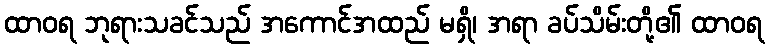
ထာဝရ ဘုရားသခင်သည် အကောင်အထည် မရှိ၊ အရာ ခပ်သိမ်းတို့၏ ထာဝရ